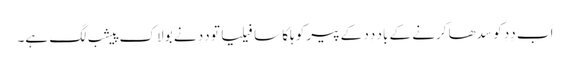
اَب دِدِ کو سِدھا کرنے کے باد دِدِ کے پیر کو ہلکا سا فیلیا تو دِدِ نے بولا کِ پیشب لگِ ہے۔